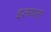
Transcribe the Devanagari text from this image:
इलयास